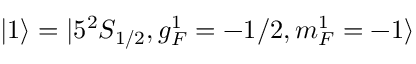
| 1 \rangle = | 5 ^ { 2 } S _ { 1 / 2 } , g _ { F } ^ { 1 } = - 1 / 2 , m _ { F } ^ { 1 } = - 1 \rangle